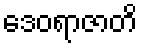
ဒေဝရာဇာတိ